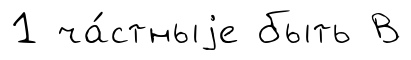
1 ча́стныjе быть В